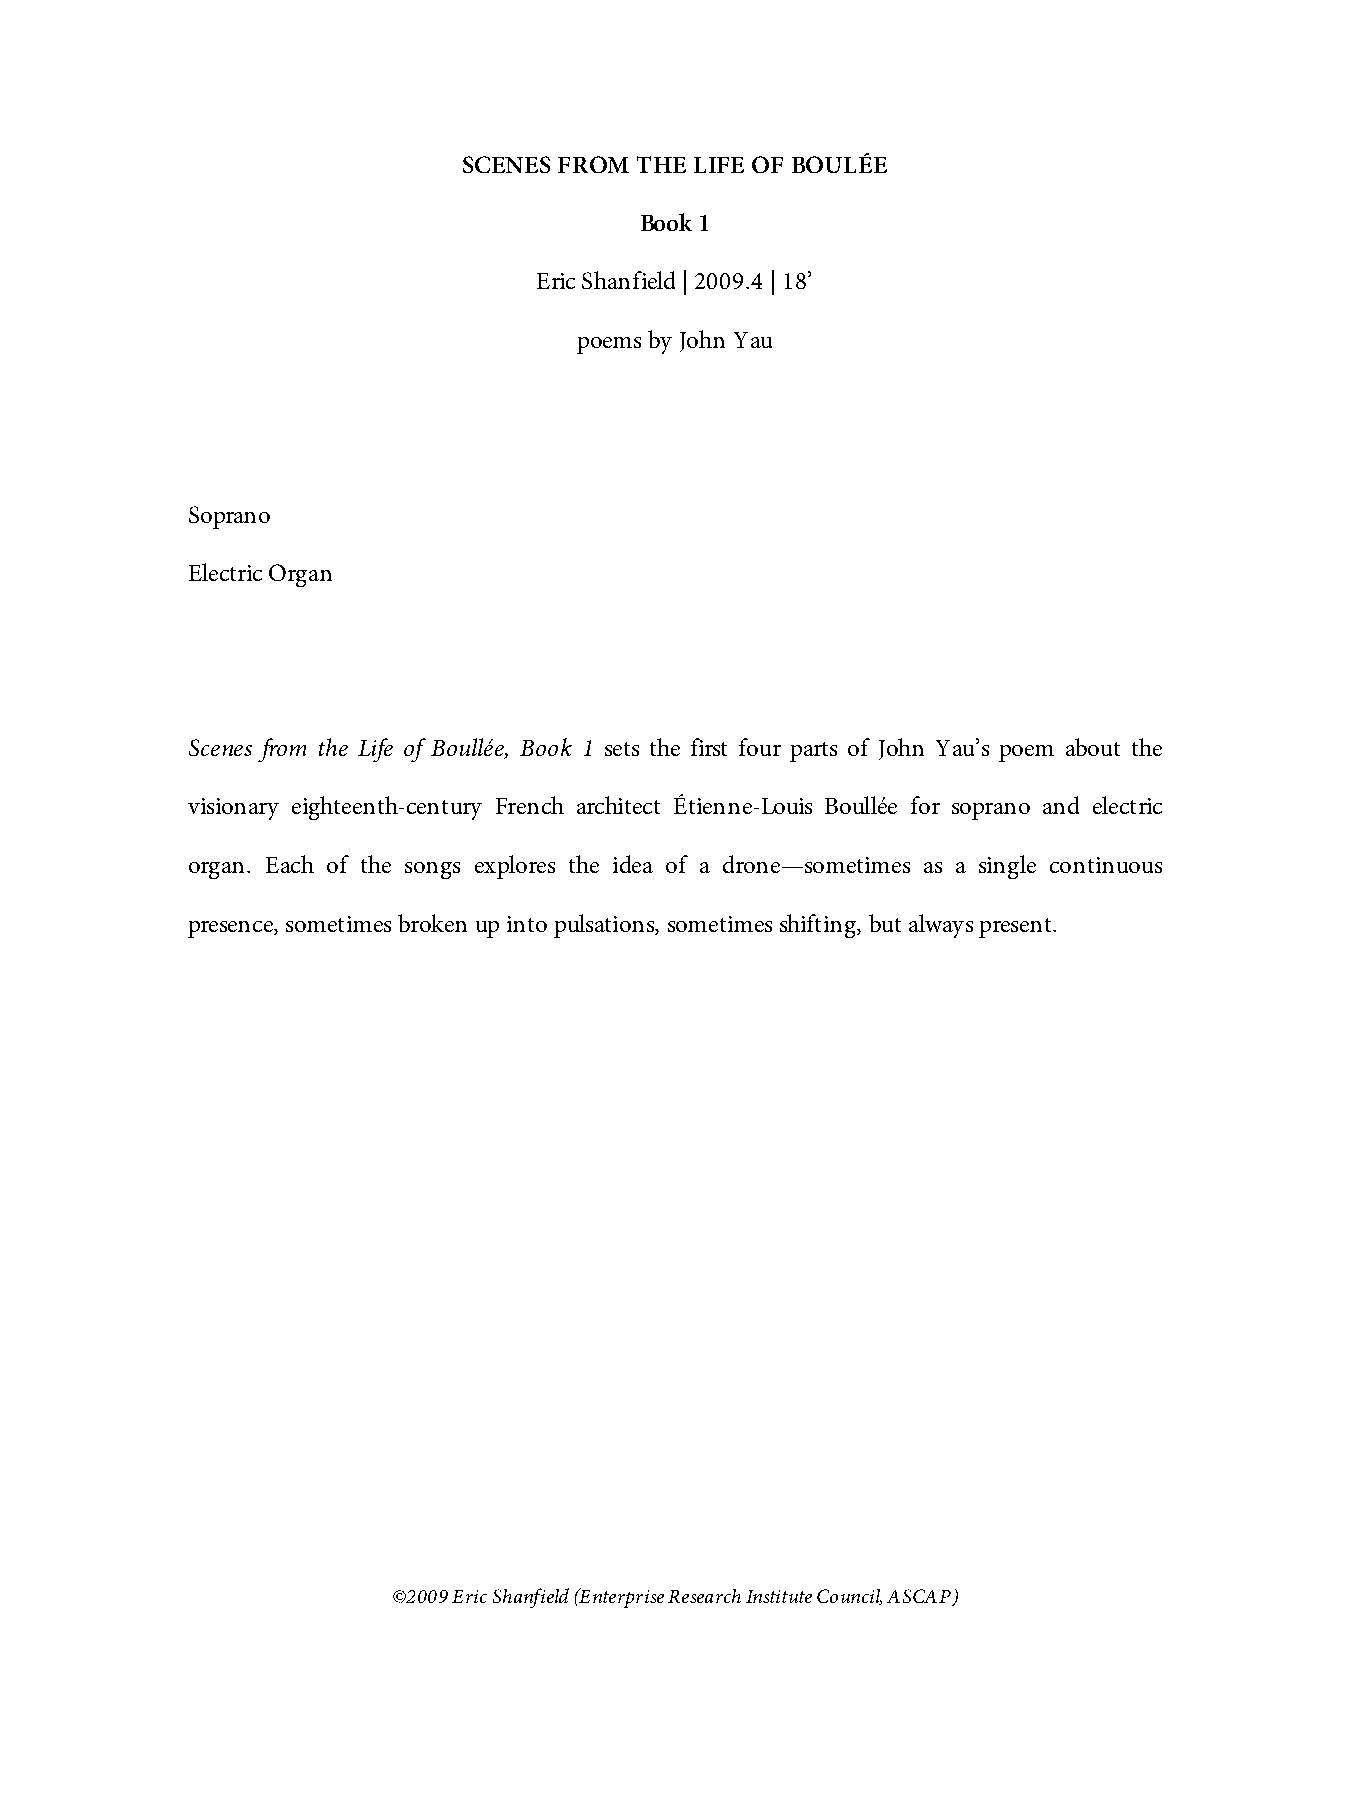
SCENES FROM THE LIFE OF BOULÉE
 Book 1
 Eric Shanfield | 2009.4 | 18’
 poems by John Yau
 Soprano
 Electric Organ
 Scenes from the Life of Boullée, Book 1 sets the first four parts of John Yau’s poem about the
 visionary eighteenth-century French architect Étienne-Louis Boullée for soprano and electric
 organ. Each of the songs explores the idea of a drone—sometimes as a single continuous
 presence, sometimes broken up into pulsations, sometimes shifting, but always present.
 ©2009 Eric Shanfield (Enterprise Research Institute Council, ASCAP)